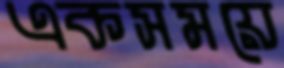
একসময়ে